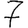
Digit: 7